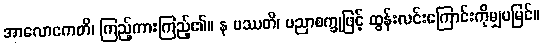
အာလောကေတိ၊ ကြည့်ကားကြည့်၏။ န ပဿတိ၊ ပညာစက္ခုဖြင့် ထွန်းလင်းကြောင်းကိုမျှမမြင်။